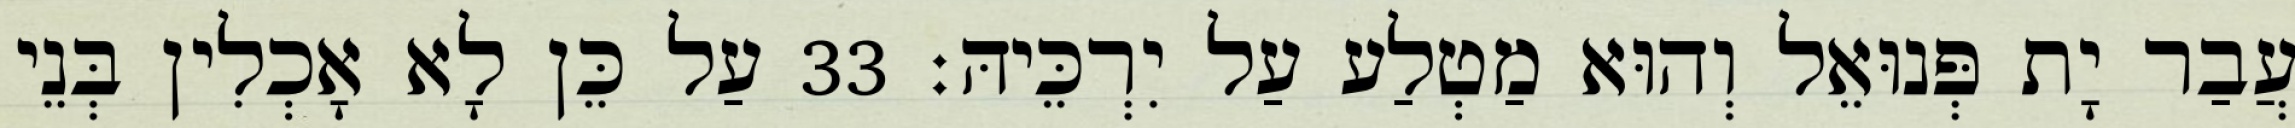
עֲבַר יָת פְּנוּאֵל וְהוּא מַטְלַע עַל יִרְכֵּיהּ׃ 33 עַל כֵּן לָא אָכְלִין בְּנֵי